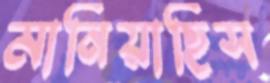
মানিয়াছিস